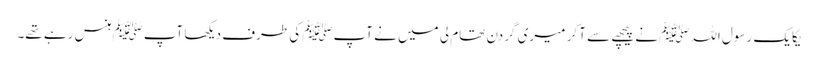
یکایک رسول اللہﷺ نے پیچھے سے آ کر میری گردن تھام لی میں نے آپﷺ کی طرف دیکھا آپﷺ ہنس رہے تھے۔